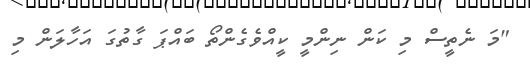
"މަ ނެތީސް މި ކަން ނިންމީ ކީއްވެގެންތޯ ބައްޕަ ގާތުގަ އަހާލަން މި